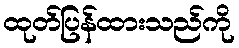
ထုတ်ပြန်ထားသည်ကို